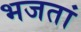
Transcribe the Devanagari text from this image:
भजतां